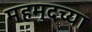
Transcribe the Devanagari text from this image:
महमुदच्या